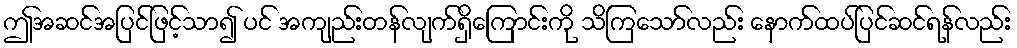
ဤအဆင်အပြင်ဖြင့်သာ၍ ပင် အကျည်းတန်လျက်ရှိကြောင်းကို သိကြသော်လည်း နောက်ထပ်ပြင်ဆင်ရန်လည်း